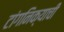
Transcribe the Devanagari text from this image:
टांगनिक्याची